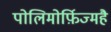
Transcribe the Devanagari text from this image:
पोलिमोर्फ़िज्महै